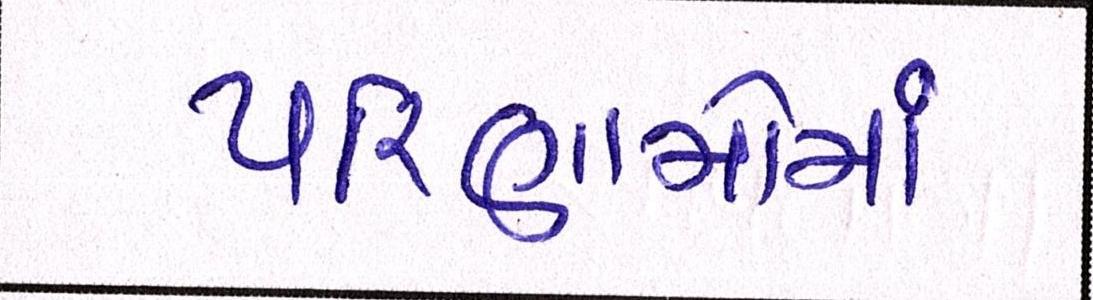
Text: પરિણામોમાં